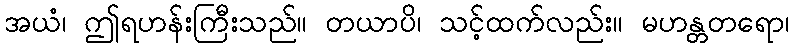
အယံ၊ ဤရဟန်းကြီးသည်။ တယာပိ၊ သင့်ထက်လည်း။ မဟန္တတရော၊